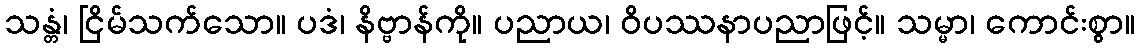
သန္တံ၊ ငြိမ်သက်သော။ ပဒံ၊ နိဗ္ဗာန်ကို။ ပညာယ၊ ဝိပဿနာပညာဖြင့်။ သမ္မာ၊ ကောင်းစွာ။